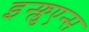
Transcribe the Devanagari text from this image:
इन्फ्लुएन्स